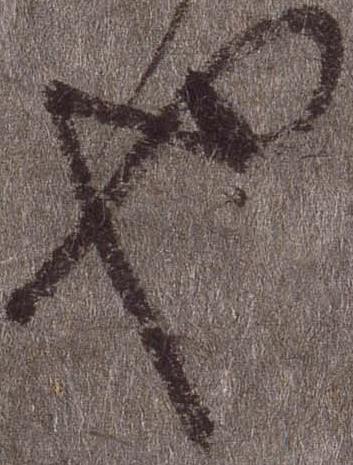
也